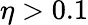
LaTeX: \eta>0.1